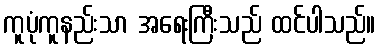
ကူပုံကူနည်းသာ အရေးကြီးသည် ထင်ပါသည်။